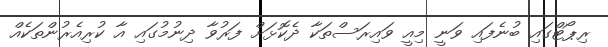
ރިޕޯޓްގައި ބުނެފައި ވަނީ މިއީ ވައިރަސްތަކާ ދެކޮޅަށް ފަރުވާ ދިނުމުގައި އާ ކުރިއެރުންތަކެއް